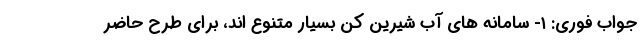
جواب فوری: ۱- سامانه های آب شیرین کن بسیار متنوع اند، برای طرح حاضر